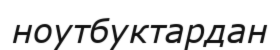
ноутбуктардан